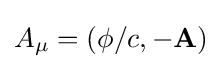
A_{\mu }=\left(\phi /c,-\mathbf {A} \right)